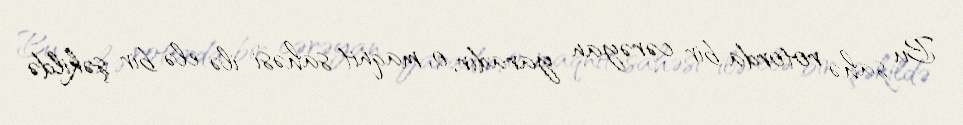
Bu sahə rotorda bir cərəyan yaradır, o, maqnit sahəsi ilə elə bir şəkildə